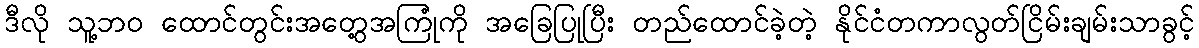
ဒီလို သူ့ဘဝ ထောင်တွင်းအတွေ့အကြုံကို အခြေပြုပြီး တည်ထောင်ခဲ့တဲ့ နိုင်ငံတကာလွတ်ငြိမ်းချမ်းသာခွင့်